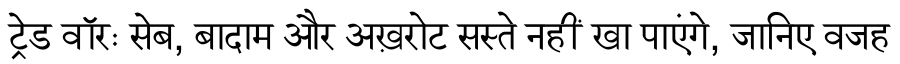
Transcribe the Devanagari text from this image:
ट्रेड वॉरः सेब, बादाम और अख़रोट सस्ते नहीं खा पाएंगे, जानिए वजह